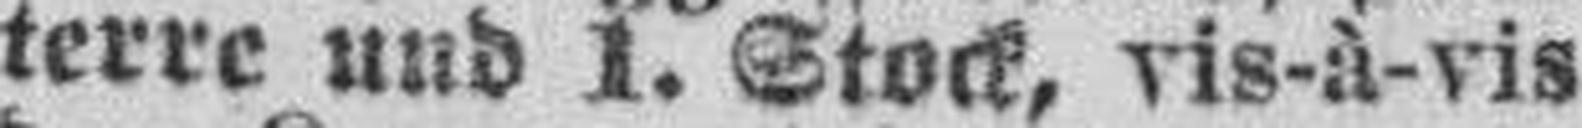
terre und 1. Stock, vis-à-vis